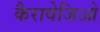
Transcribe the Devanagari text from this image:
कैरावेजिओ